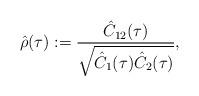
LaTeX: \begin{align*}\hat{\rho}(\tau):=\frac{\hat{C}_{12}(\tau)}{\sqrt{\hat{C}_{1}(\tau)\hat{C}_{2}(\tau)}},\end{align*}